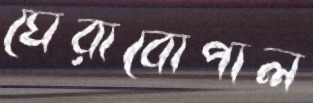
ঘেরাবোপাল